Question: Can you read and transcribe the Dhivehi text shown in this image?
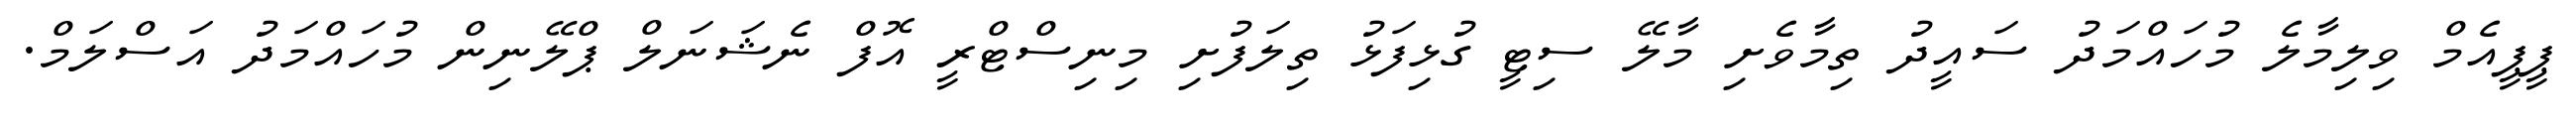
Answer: ޕީޕީއެމް ވިލިމާލެ މުހައްމަދު ސައީދު ތިމާވެށި މާލޭ ސިޓީ ގުޅިފަޅު ތިލަފުށި މިނިސްޓްރީ އޮފް ނެޝަނަލް ޕްލޭނިން މުހައްމަދު އަސްލަމް.